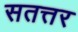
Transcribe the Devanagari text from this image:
सतत्तर